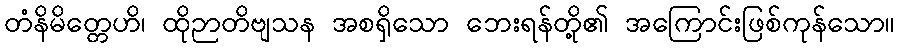
တံနိမိတ္တေဟိ၊ ထိုဉာတိဗျသန အစရှိသော ဘေးရန်တို့၏ အကြောင်းဖြစ်ကုန်သော။